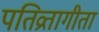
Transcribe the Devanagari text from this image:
पतिव्रतागीता